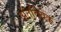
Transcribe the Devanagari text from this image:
अंतर्विवेक